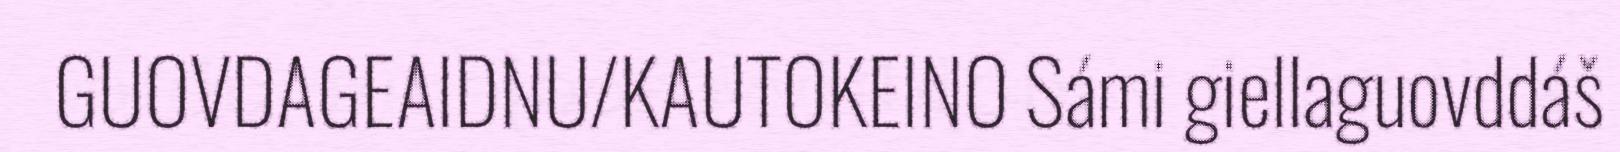
GUOVDAGEAIDNU/KAUTOKEINO Sámi giellaguovddáš